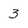
Character: 3